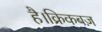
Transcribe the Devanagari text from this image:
है।क्रिकबज़